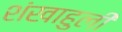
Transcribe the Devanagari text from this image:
शंखाहुली